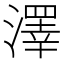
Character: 澤